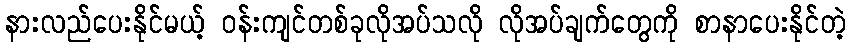
နားလည်ပေးနိုင်မယ့် ဝန်းကျင်တစ်ခုလိုအပ်သလို လိုအပ်ချက်တွေကို စာနာပေးနိုင်တဲ့